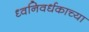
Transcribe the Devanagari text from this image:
ध्वनिवर्धकाच्या